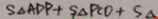
S _ { \Delta } A D P + S _ { \Delta } P C O + S _ { \Delta }